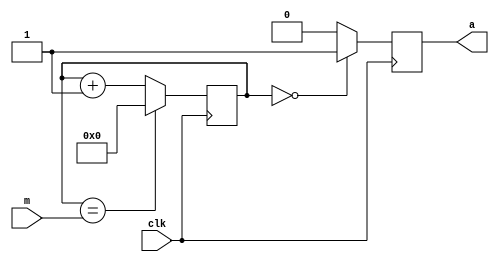
`timescale 1ns / 1ps
//////////////////////////////////////////////////////////////////////////////////
// Company: 
// Engineer: 
// 
// Design Name: 
// Module Name: modified_clk_divider
// Project Name: 
// Target Devices: 
// Tool Versions: 
// Description: 
// 
// Dependencies: 
// 
// Revision:
// Revision 0.01 - File Created
// Additional Comments:
// 
//////////////////////////////////////////////////////////////////////////////////


module modified_clk_divider(
    input clk,
    input [31:0] m,
    output reg a
    );
        
    reg [31:0] count = 0;
    always @ (posedge clk) begin
        count <= (count == m) ? 0 : count + 1;
        a <= (count == 0) ? 1 : 0;
    end
endmodule